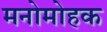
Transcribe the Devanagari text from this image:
मनोमोहक